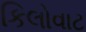
કિલોવાટ